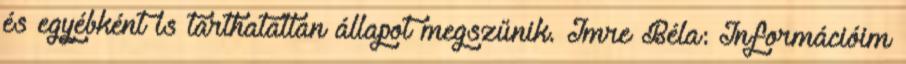
és egyébként is tarthatatlan állapot megszűnik. Imre Béla: Információim